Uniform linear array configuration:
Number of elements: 24
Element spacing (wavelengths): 0.25
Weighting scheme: cosine
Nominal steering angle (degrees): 15
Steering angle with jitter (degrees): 16.28
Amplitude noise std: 0.05
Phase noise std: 0.05

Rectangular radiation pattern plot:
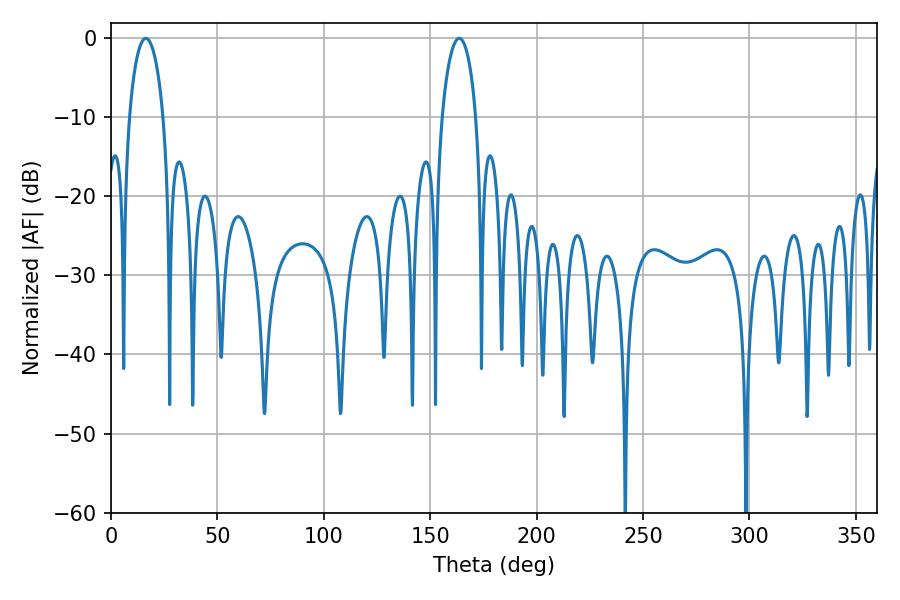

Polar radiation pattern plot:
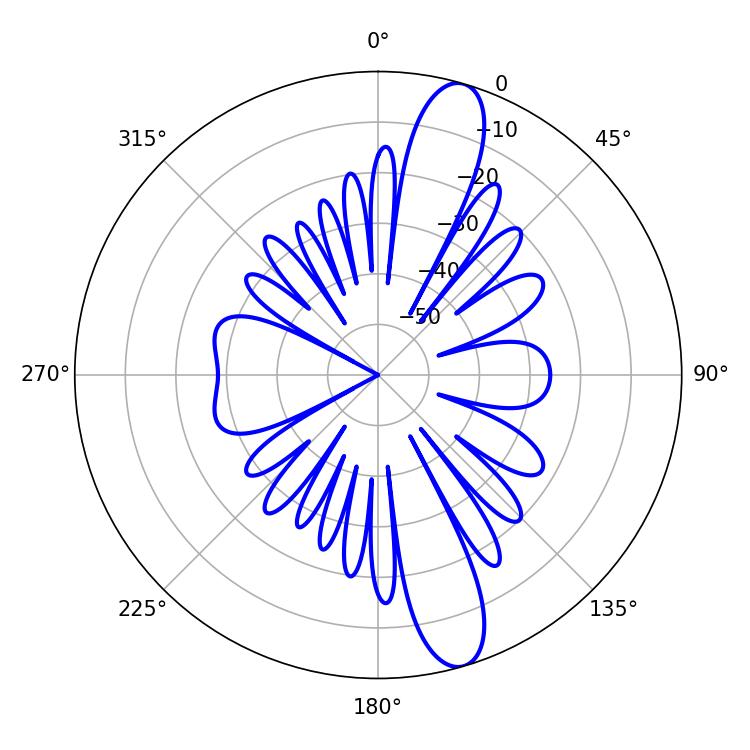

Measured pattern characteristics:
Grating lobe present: FALSE
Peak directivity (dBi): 13.088
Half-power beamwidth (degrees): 9.18
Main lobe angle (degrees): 16.38